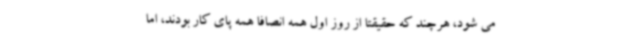
می شود، هرچند که حقیقتا از روز اول همه انصافا همه پای کار بودند، اما